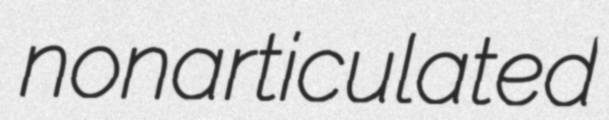
nonarticulated